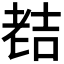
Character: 𮋜